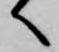
へ